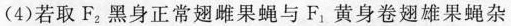
(4)若取F_{2}黑身正常翅雌果蝇与F_{1}黄身卷翅雄果蝇杂